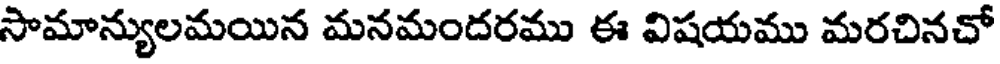
సామాన్యులమయిన మనమందరము ఈ విషయము మరచినచో